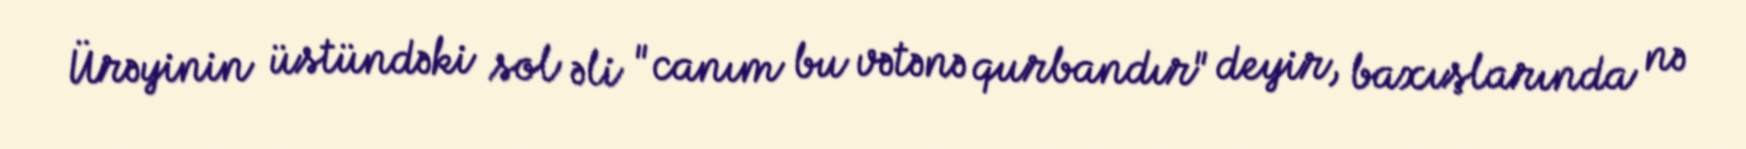
Ürəyinin üstündəki sol əli "canım bu vətənə qurbandır" deyir, baxışlarında nə